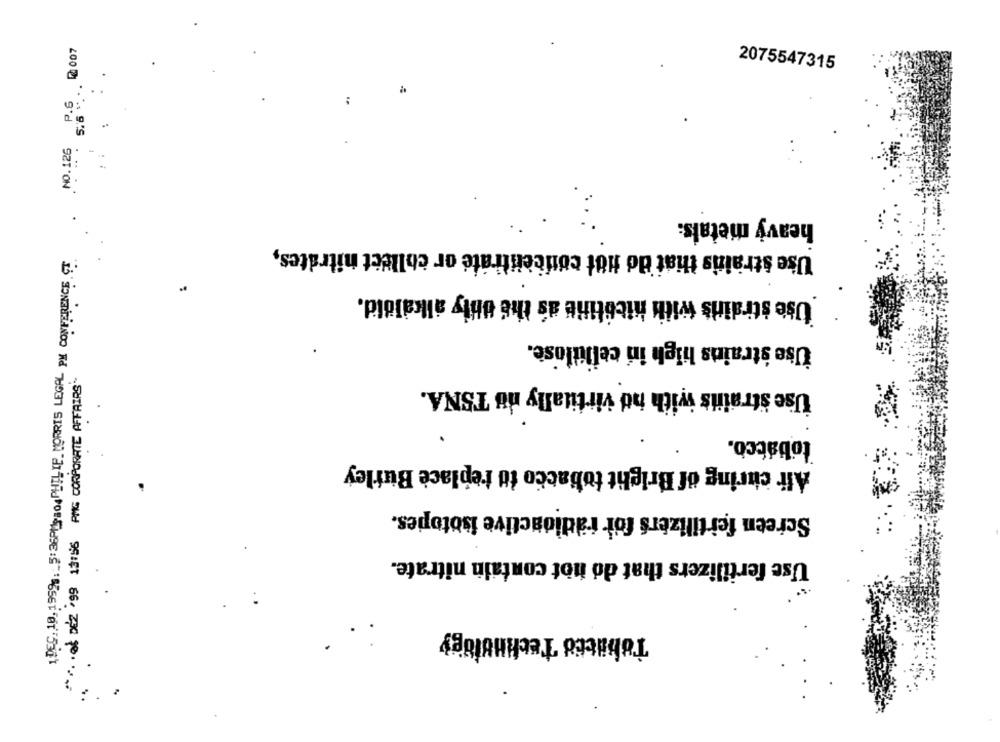
P.6 0 007
2075547315
... 9.'S
NO.125
heavy metals:
Use strainis that do not concentrate or collect nitrates,
Use strains with nicotine as the only alkaloid.
Use strains high in cellulose.
**.. ok 002 .99 13:56 PMG CORPORATE AFFAIRS
Use strainis with nd virtitally du TSNA.
tobacco.
Ali curing of Bright tobacco tu replace Burley
Screen fertilizers for- radioactive isotopes.
Use fertilizers that do not contain nitrate.
Tobacco Technology